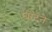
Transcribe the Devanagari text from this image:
घोंटते